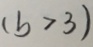
( b > 3 )